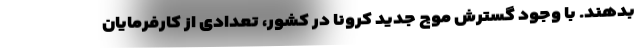
بدهند. با وجود گسترش موج جدید کرونا در کشور، تعدادی از کارفرمایان